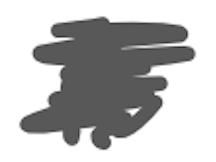
Text: it
Cross-out: scratch
Writing tool: digital_gray